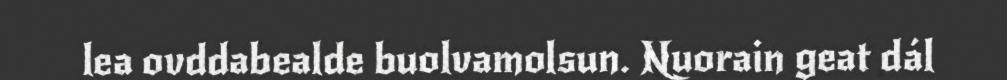
lea ovddabealde buolvamolsun. Nuorain geat dál